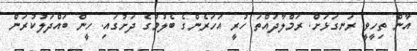
އާން ތިހީވީ ރަނގަޅަށް. ރަމްލާދައްތަ ހުރީ އަހަރެންގެ ބެލުމުގެ ދަށުގައި. ހީން ބައްދަލުކުރަން